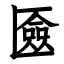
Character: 匳